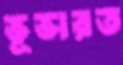
ভূভারত